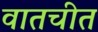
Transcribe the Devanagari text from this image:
वातचीत